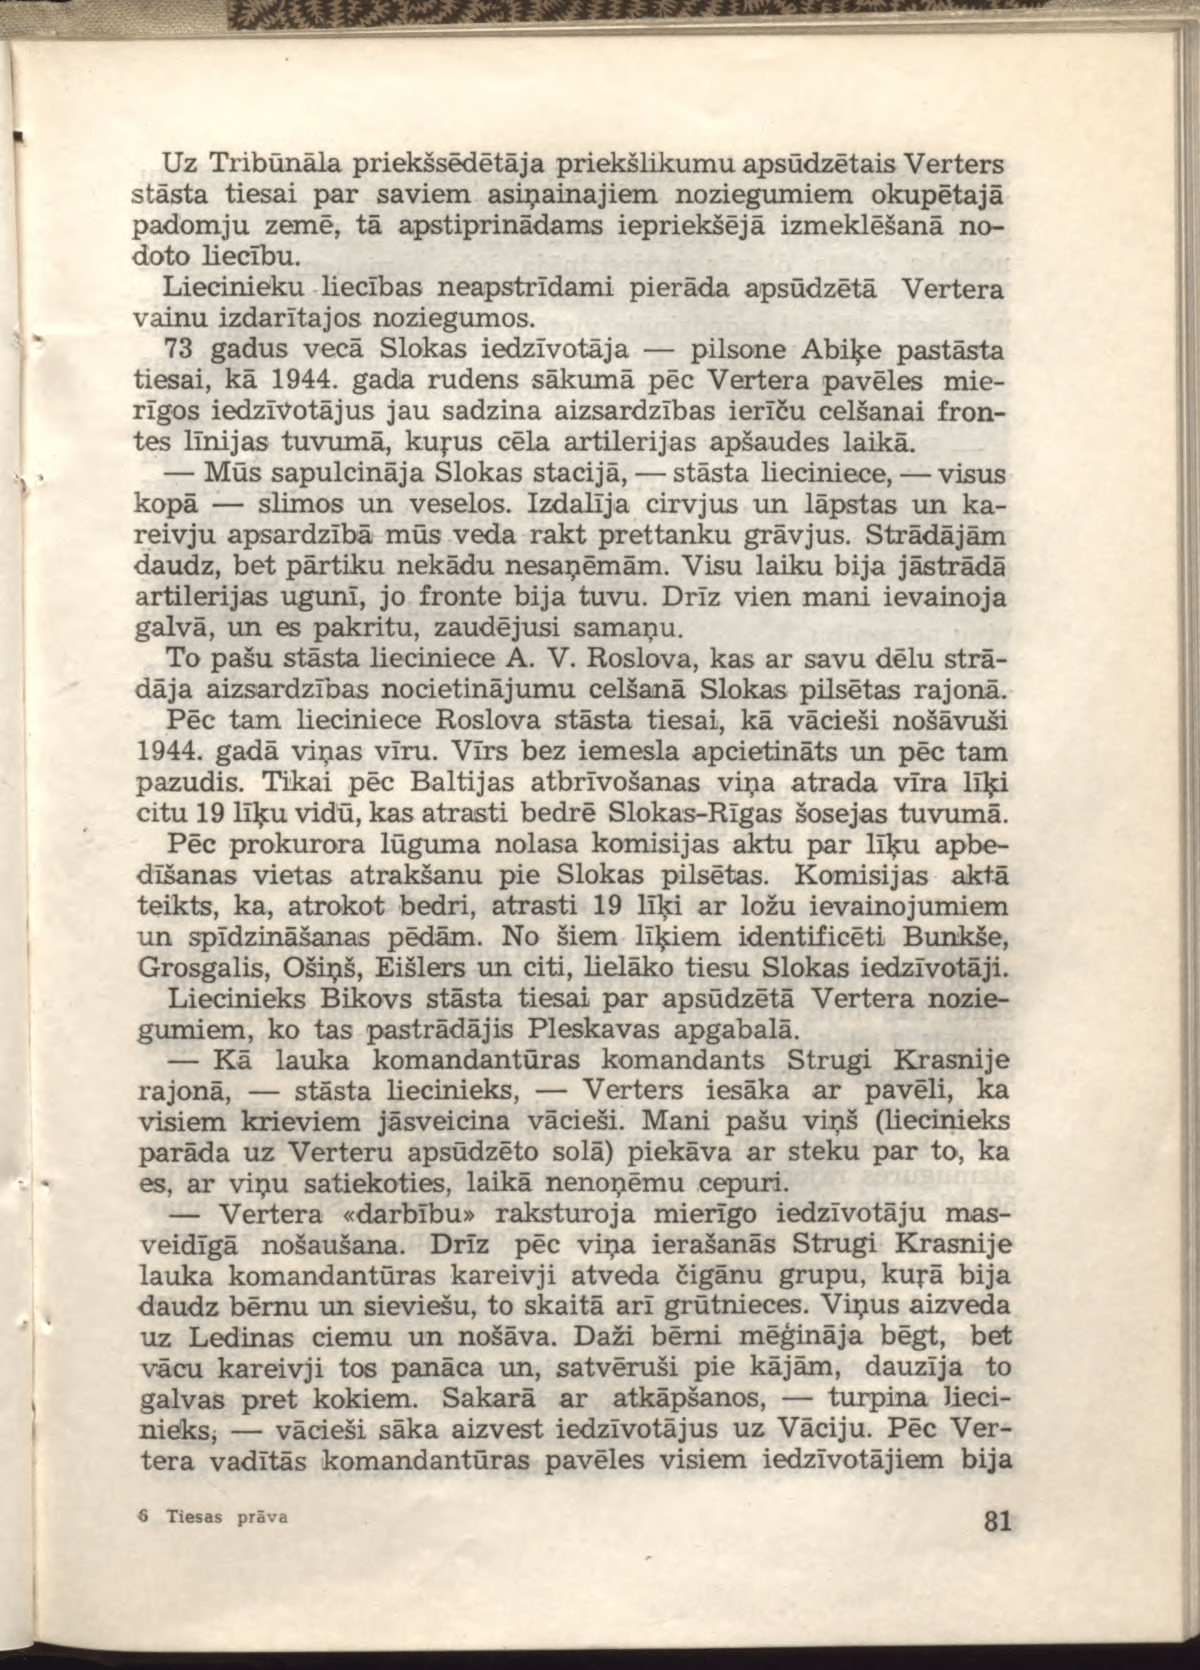
Language: lv